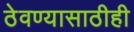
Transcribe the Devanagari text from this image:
ठेवण्यासाठीही